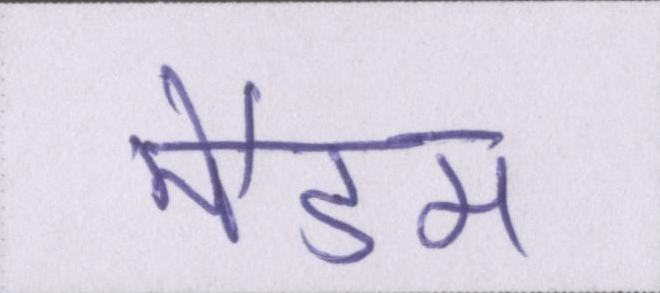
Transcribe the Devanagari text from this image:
मैडम